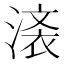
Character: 𣺒